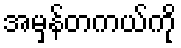
အမှန်တကယ်ကို